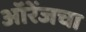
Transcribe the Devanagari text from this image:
ऑरेंजचा